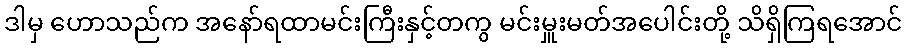
ဒါမှ ဟောသည်က အနော်ရထာမင်းကြီးနှင့်တကွ မင်းမှူးမတ်အပေါင်းတို့ သိရှိကြရအောင်